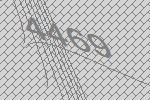
4469